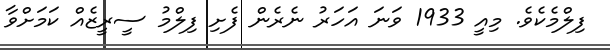
ފިލްމެކެވެ. މިއީ 1933 ވަނަ އަހަރު ނެރެން ފެށި ފިލްމު ސީރީޒެއް ކަމަށްވާ